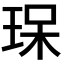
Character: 𤥯